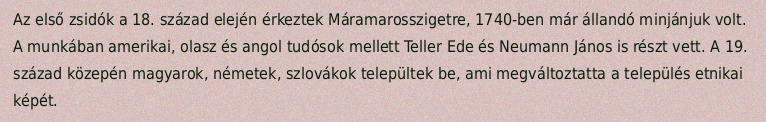
Az első zsidók a 18. század elején érkeztek Máramarosszigetre, 1740-ben már állandó minjánjuk volt. A munkában amerikai, olasz és angol tudósok mellett Teller Ede és Neumann János is részt vett. A 19. század közepén magyarok, németek, szlovákok települtek be, ami megváltoztatta a település etnikai képét.